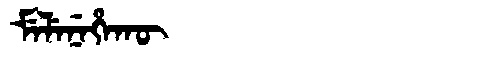
Manchu: ᠮᡝᠯᡝᠨᡝᡥᠠᡴᡡ
Romanization: MELENEHAKŪ